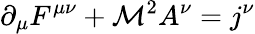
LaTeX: \partial_{\mu}F^{\mu\nu}+\mathcal{M}^{2}A^{\nu}=j^{\nu}